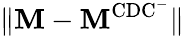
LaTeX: \lVert\mathbf{M}-\mathbf{M}^{\mathrm{CDC^{-}}}\rVert